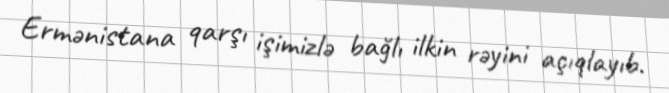
Ermənistana qarşı işimizlə bağlı ilkin rəyini açıqlayıb.